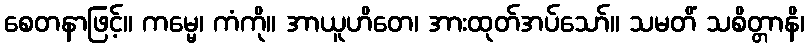
စေတနာဖြင့်။ ကမ္မေ၊ ကံကို။ အာယူဟိတေ၊ အားထုတ်အပ်သော်။ သမတိံ သစိတ္တာနိ၊